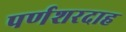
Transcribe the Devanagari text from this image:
पर्णशरदाह